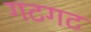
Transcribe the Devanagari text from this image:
गटगट